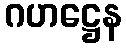
ဂဟဋ္ဌေန